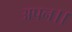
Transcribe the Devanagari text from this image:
अपन।।